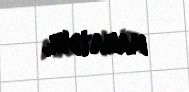
manatdır.